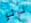
لولو